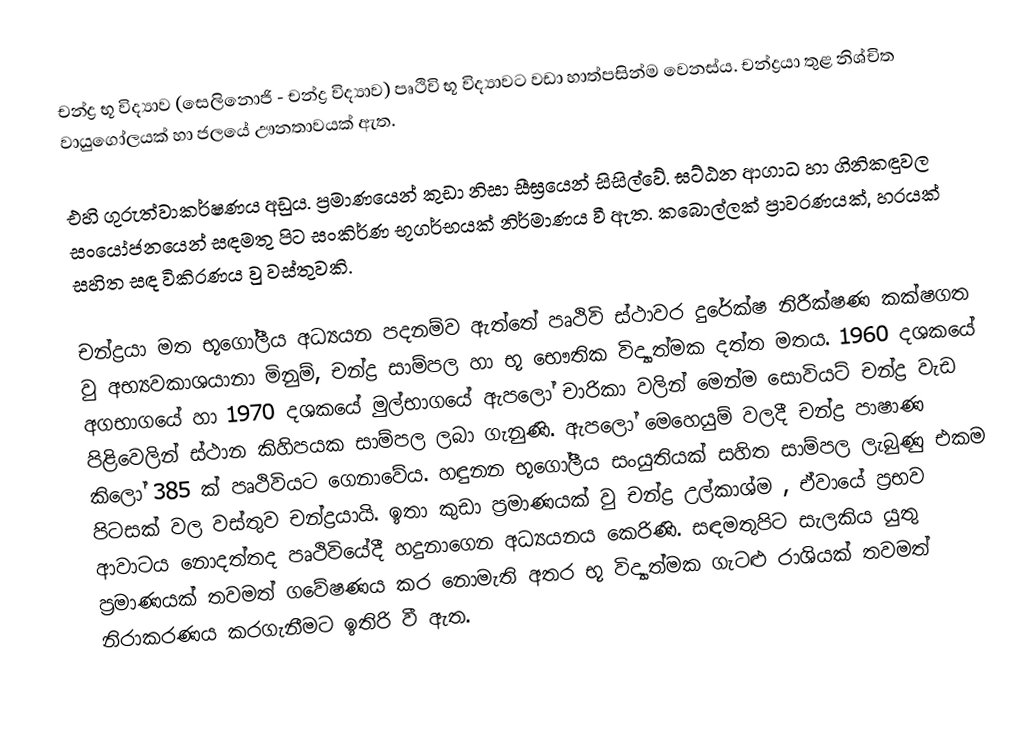
චන්ද්‍ර භූ විද්‍යාව (සෙලිනොජි - චන්ද්‍ර විද්‍යාව) පෘථිවි භූ විද්‍යාවට වඩා හාත්පසින්ම වෙනස්ය. චන්ද්‍රයා තුළ නිශ්චිත වායුගෝලයක් හා ජලයේ ඌනතාවයක් ඇත.

එහි ගුරුත්වාකර්ෂණය අඩුය. ප්‍රමාණයෙන් කුඩා නිසා සීඝ්‍රයෙන් සිසිල්වේ. ඝට්ඨන ආගාධ හා ගිනිකඳුවල සංයෝජනයෙන් සඳමතු පිට සංකිර්ණ භූගර්භයක් නිර්මාණය වී ඇත. කබොල්ලක් ප්‍රාවරණයක්, හරයක් සහිත සඳ විකිරණය වු වස්තුවකි.

චන්ද්‍රයා මත භූගෝලීය අධ්‍යයන පදනම්ව ඇත්තේ පෘථිවි ස්ථාවර දුරේක්ෂ නිරීක්ෂණ කක්ෂගත වු අභ්‍යවකාශයානා මිනුම්, චන්ද්‍ර සාම්පල හා භූ භෞතික විද්‍යාත්මක දත්ත මතය. 1960 දශකයේ අගභාගයේ හා 1970 දශකයේ මුල්භාගයේ ඇපලෝ චාරිකා වලින් මෙන්ම සොවියට් චන්ද්‍ර වැඩ පිළිවෙලින් ස්ථාන කිහිපයක සාම්පල ලබා ගැනුණි. ඇපලෝ මෙහෙයුම් වලදී චන්ද්‍ර පාෂාණ කිලෝ 385 ක් පෘථිවියට ගෙනාවේය. හඳුනන භූගෝලීය සංයුතියක් සහිත සාම්පල ලැබුණු එකම පිටසක් වල වස්තුව චන්ද්‍රයායි. ඉතා කුඩා ප්‍රමාණයක් වු චන්ද්‍ර උල්කාශ්ම , ඒවායේ ප්‍රභව ආවාටය නොදත්තද පෘථිවියේදී හදුනාගෙන අධ්‍යයනය කෙරිණි. සඳමතුපිට සැලකිය යුතු ප්‍රමාණයක් තවමත් ගවේෂණය කර නොමැති අතර භූ විද්‍යාත්මක ගැටළු රාශියක් තවමත් නිරාකරණය කරගැනීමට ඉතිරි වී ඇත.